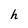
Character: h